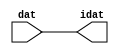

//------> /package/eda/mg/Catapult_10.3d/Mgc_home/pkgs/siflibs/ccs_in_v1.v 
//------------------------------------------------------------------------------
// Catapult Synthesis - Sample I/O Port Library
//
// Copyright (c) 2003-2017 Mentor Graphics Corp.
//       All Rights Reserved
//
// This document may be used and distributed without restriction provided that
// this copyright statement is not removed from the file and that any derivative
// work contains this copyright notice.
//
// The design information contained in this file is intended to be an example
// of the functionality which the end user may study in preparation for creating
// their own custom interfaces. This design does not necessarily present a 
// complete implementation of the named protocol or standard.
//
//------------------------------------------------------------------------------


module ccs_in_v1 (idat, dat);

  parameter integer rscid = 1;
  parameter integer width = 8;

  output [width-1:0] idat;
  input  [width-1:0] dat;

  wire   [width-1:0] idat;

  assign idat = dat;

endmodule


//------> /package/eda/mg/Catapult_10.3d/Mgc_home/pkgs/siflibs/ccs_out_v1.v 
//------------------------------------------------------------------------------
// Catapult Synthesis - Sample I/O Port Library
//
// Copyright (c) 2003-2015 Mentor Graphics Corp.
//       All Rights Reserved
//
// This document may be used and distributed without restriction provided that
// this copyright statement is not removed from the file and that any derivative
// work contains this copyright notice.
//
// The design information contained in this file is intended to be an example
// of the functionality which the end user may study in preparation for creating
// their own custom interfaces. This design does not necessarily present a 
// complete implementation of the named protocol or standard.
//
//------------------------------------------------------------------------------

module ccs_out_v1 (dat, idat);

  parameter integer rscid = 1;
  parameter integer width = 8;

  output   [width-1:0] dat;
  input    [width-1:0] idat;

  wire     [width-1:0] dat;

  assign dat = idat;

endmodule




//------> /package/eda/mg/Catapult_10.3d/Mgc_home/pkgs/siflibs/mgc_io_sync_v2.v 
//------------------------------------------------------------------------------
// Catapult Synthesis - Sample I/O Port Library
//
// Copyright (c) 2003-2017 Mentor Graphics Corp.
//       All Rights Reserved
//
// This document may be used and distributed without restriction provided that
// this copyright statement is not removed from the file and that any derivative
// work contains this copyright notice.
//
// The design information contained in this file is intended to be an example
// of the functionality which the end user may study in preparation for creating
// their own custom interfaces. This design does not necessarily present a 
// complete implementation of the named protocol or standard.
//
//------------------------------------------------------------------------------


module mgc_io_sync_v2 (ld, lz);
    parameter valid = 0;

    input  ld;
    output lz;

    wire   lz;

    assign lz = ld;

endmodule


//------> ./rtl.v 
// ----------------------------------------------------------------------
//  HLS HDL:        Verilog Netlister
//  HLS Version:    10.3d/815731 Production Release
//  HLS Date:       Wed Apr 24 14:54:19 PDT 2019
// 
//  Generated by:   695r48@cparch23.ecn.purdue.edu
//  Generated date: Tue Nov  9 15:37:03 2021
// ----------------------------------------------------------------------

// 
// ------------------------------------------------------------------
//  Design Unit:    fir_Altera_DIST_DIST_1R1W_RBW_rport_1_16_5_32_32_16_gen
// ------------------------------------------------------------------


module fir_Altera_DIST_DIST_1R1W_RBW_rport_1_16_5_32_32_16_gen (
  q, radr, radr_d, q_d, rport_r_ram_ir_internal_RMASK_B_d
);
  input [15:0] q;
  output [4:0] radr;
  input [4:0] radr_d;
  output [15:0] q_d;
  input rport_r_ram_ir_internal_RMASK_B_d;



  // Interconnect Declarations for Component Instantiations 
  assign q_d = q;
  assign radr = (radr_d);
endmodule

// ------------------------------------------------------------------
//  Design Unit:    fir_core_core_fsm
//  FSM Module
// ------------------------------------------------------------------


module fir_core_core_fsm (
  clk, rst, fsm_output, MAC_C_5_tr0
);
  input clk;
  input rst;
  output [7:0] fsm_output;
  reg [7:0] fsm_output;
  input MAC_C_5_tr0;


  // FSM State Type Declaration for fir_core_core_fsm_1
  parameter
    main_C_0 = 3'd0,
    MAC_C_0 = 3'd1,
    MAC_C_1 = 3'd2,
    MAC_C_2 = 3'd3,
    MAC_C_3 = 3'd4,
    MAC_C_4 = 3'd5,
    MAC_C_5 = 3'd6,
    main_C_1 = 3'd7;

  reg [2:0] state_var;
  reg [2:0] state_var_NS;


  // Interconnect Declarations for Component Instantiations 
  always @(*)
  begin : fir_core_core_fsm_1
    case (state_var)
      MAC_C_0 : begin
        fsm_output = 8'b00000010;
        state_var_NS = MAC_C_1;
      end
      MAC_C_1 : begin
        fsm_output = 8'b00000100;
        state_var_NS = MAC_C_2;
      end
      MAC_C_2 : begin
        fsm_output = 8'b00001000;
        state_var_NS = MAC_C_3;
      end
      MAC_C_3 : begin
        fsm_output = 8'b00010000;
        state_var_NS = MAC_C_4;
      end
      MAC_C_4 : begin
        fsm_output = 8'b00100000;
        state_var_NS = MAC_C_5;
      end
      MAC_C_5 : begin
        fsm_output = 8'b01000000;
        if ( MAC_C_5_tr0 ) begin
          state_var_NS = main_C_1;
        end
        else begin
          state_var_NS = MAC_C_0;
        end
      end
      main_C_1 : begin
        fsm_output = 8'b10000000;
        state_var_NS = main_C_0;
      end
      // main_C_0
      default : begin
        fsm_output = 8'b00000001;
        state_var_NS = MAC_C_0;
      end
    endcase
  end

  always @(posedge clk) begin
    if ( rst ) begin
      state_var <= main_C_0;
    end
    else begin
      state_var <= state_var_NS;
    end
  end

endmodule

// ------------------------------------------------------------------
//  Design Unit:    fir_core
// ------------------------------------------------------------------


module fir_core (
  clk, rst, coeffs_rsc_triosy_lz, in1_rsc_dat, in1_rsc_triosy_lz, out1_rsc_dat, out1_rsc_triosy_lz,
      coeffs_rsci_radr_d, coeffs_rsci_q_d, coeffs_rsci_rport_r_ram_ir_internal_RMASK_B_d
);
  input clk;
  input rst;
  output coeffs_rsc_triosy_lz;
  input [15:0] in1_rsc_dat;
  output in1_rsc_triosy_lz;
  output [15:0] out1_rsc_dat;
  output out1_rsc_triosy_lz;
  output [4:0] coeffs_rsci_radr_d;
  input [15:0] coeffs_rsci_q_d;
  output coeffs_rsci_rport_r_ram_ir_internal_RMASK_B_d;


  // Interconnect Declarations
  wire [15:0] in1_rsci_idat;
  reg [15:0] out1_rsci_idat;
  wire [7:0] fsm_output;
  reg [3:0] MAC_i_5_2_sva_1;
  wire [4:0] nl_MAC_i_5_2_sva_1;
  reg reg_out1_rsc_triosy_obj_ld_cse;
  wire reg_out1_out1_and_cse;
  wire nor_4_cse;
  reg [2:0] MAC_i_5_2_sva_2_0;
  reg [2:0] MAC_slc_MAC_i_5_2_2_0_1_itm;
  wire [29:0] z_out;
  wire signed [31:0] nl_z_out;
  reg [15:0] regs_15_sva;
  reg [15:0] regs_16_sva;
  reg [15:0] regs_14_sva;
  reg [15:0] regs_17_sva;
  reg [15:0] regs_13_sva;
  reg [15:0] regs_18_sva;
  reg [15:0] regs_12_sva;
  reg [15:0] regs_19_sva;
  reg [15:0] regs_11_sva;
  reg [15:0] regs_20_sva;
  reg [15:0] regs_10_sva;
  reg [15:0] regs_21_sva;
  reg [15:0] regs_9_sva;
  reg [15:0] regs_22_sva;
  reg [15:0] regs_8_sva;
  reg [15:0] regs_23_sva;
  reg [15:0] regs_7_sva;
  reg [15:0] regs_24_sva;
  reg [15:0] regs_6_sva;
  reg [15:0] regs_25_sva;
  reg [15:0] regs_5_sva;
  reg [15:0] regs_26_sva;
  reg [15:0] regs_4_sva;
  reg [15:0] regs_27_sva;
  reg [15:0] regs_3_sva;
  reg [15:0] regs_28_sva;
  reg [15:0] regs_2_sva;
  reg [15:0] regs_29_sva;
  reg [15:0] regs_1_sva;
  reg [15:0] regs_30_sva;
  reg [15:0] regs_0_sva;
  reg [29:0] acc_32_3_1_sva;
  reg [15:0] regs_30_sva_1;
  reg [15:0] regs_29_sva_1;
  reg [15:0] regs_28_sva_1;
  reg [15:0] regs_27_sva_1;
  reg [15:0] regs_26_sva_1;
  reg [15:0] regs_25_sva_1;
  reg [15:0] regs_24_sva_1;
  reg [15:0] regs_23_sva_1;
  reg [15:0] regs_22_sva_1;
  reg [15:0] regs_21_sva_1;
  reg [15:0] regs_20_sva_1;
  reg [15:0] regs_19_sva_1;
  reg [15:0] regs_18_sva_1;
  reg [15:0] regs_17_sva_1;
  reg [15:0] regs_16_sva_1;
  reg [15:0] regs_15_sva_1;
  reg [15:0] regs_14_sva_1;
  reg [15:0] regs_13_sva_1;
  reg [15:0] regs_12_sva_1;
  reg [15:0] regs_11_sva_1;
  reg [15:0] regs_10_sva_1;
  reg [15:0] regs_9_sva_1;
  reg [15:0] regs_8_sva_1;
  reg [15:0] regs_7_sva_1;
  reg [15:0] regs_6_sva_1;
  reg [15:0] regs_5_sva_1;
  reg [15:0] regs_4_sva_1;
  reg [15:0] regs_3_sva_1;
  reg [15:0] regs_2_sva_1;
  reg [15:0] regs_1_sva_1;
  reg [15:0] regs_0_sva_1;
  reg [15:0] MAC_3_MAC_mux_itm;
  reg [15:0] MAC_4_MAC_mux_itm;
  reg [15:0] MAC_1_MAC_mux_itm;
  reg [29:0] MAC_1_mul_itm;
  reg [15:0] MAC_2_MAC_mux_itm;
  reg [29:0] MAC_2_mul_itm;
  reg [29:0] MAC_acc_4_itm;
  wire [29:0] acc_32_3_1_sva_2;
  wire [30:0] nl_acc_32_3_1_sva_2;
  wire [29:0] MAC_acc_4_itm_mx0w0;
  wire [30:0] nl_MAC_acc_4_itm_mx0w0;

  wire[29:0] MAC_acc_5_nl;
  wire[30:0] nl_MAC_acc_5_nl;
  wire[2:0] coeffs_coeffs_mux_nl;
  wire[0:0] coeffs_or_nl;
  wire[1:0] coeffs_coeffs_or_nl;
  wire[1:0] coeffs_nor_nl;
  wire[1:0] coeffs_mux_nl;
  wire[15:0] MAC_mux1h_2_nl;

  // Interconnect Declarations for Component Instantiations 
  wire [0:0] nl_fir_core_core_fsm_inst_MAC_C_5_tr0;
  assign nl_fir_core_core_fsm_inst_MAC_C_5_tr0 = MAC_i_5_2_sva_1[3];
  ccs_in_v1 #(.rscid(32'sd2),
  .width(32'sd16)) in1_rsci (
      .dat(in1_rsc_dat),
      .idat(in1_rsci_idat)
    );
  ccs_out_v1 #(.rscid(32'sd3),
  .width(32'sd16)) out1_rsci (
      .idat(out1_rsci_idat),
      .dat(out1_rsc_dat)
    );
  mgc_io_sync_v2 #(.valid(32'sd0)) coeffs_rsc_triosy_obj (
      .ld(reg_out1_rsc_triosy_obj_ld_cse),
      .lz(coeffs_rsc_triosy_lz)
    );
  mgc_io_sync_v2 #(.valid(32'sd0)) in1_rsc_triosy_obj (
      .ld(reg_out1_rsc_triosy_obj_ld_cse),
      .lz(in1_rsc_triosy_lz)
    );
  mgc_io_sync_v2 #(.valid(32'sd0)) out1_rsc_triosy_obj (
      .ld(reg_out1_rsc_triosy_obj_ld_cse),
      .lz(out1_rsc_triosy_lz)
    );
  fir_core_core_fsm fir_core_core_fsm_inst (
      .clk(clk),
      .rst(rst),
      .fsm_output(fsm_output),
      .MAC_C_5_tr0(nl_fir_core_core_fsm_inst_MAC_C_5_tr0[0:0])
    );
  assign reg_out1_out1_and_cse = (fsm_output[6]) & (MAC_i_5_2_sva_1[3]);
  assign nor_4_cse = ~((fsm_output[7]) | (fsm_output[0]));
  assign nl_MAC_acc_5_nl = MAC_acc_4_itm_mx0w0 + acc_32_3_1_sva;
  assign MAC_acc_5_nl = nl_MAC_acc_5_nl[29:0];
  assign nl_acc_32_3_1_sva_2 = (MAC_acc_5_nl) + MAC_acc_4_itm;
  assign acc_32_3_1_sva_2 = nl_acc_32_3_1_sva_2[29:0];
  assign nl_MAC_acc_4_itm_mx0w0 = MAC_1_mul_itm + MAC_2_mul_itm;
  assign MAC_acc_4_itm_mx0w0 = nl_MAC_acc_4_itm_mx0w0[29:0];
  assign coeffs_or_nl = (fsm_output[4:3]!=2'b00);
  assign coeffs_coeffs_mux_nl = MUX_v_3_2_2(MAC_i_5_2_sva_2_0, MAC_slc_MAC_i_5_2_2_0_1_itm,
      coeffs_or_nl);
  assign coeffs_mux_nl = MUX_v_2_2_2(2'b10, 2'b01, fsm_output[4]);
  assign coeffs_nor_nl = ~(MUX_v_2_2_2((coeffs_mux_nl), 2'b11, (fsm_output[2])));
  assign coeffs_coeffs_or_nl = MUX_v_2_2_2((coeffs_nor_nl), 2'b11, (fsm_output[3]));
  assign coeffs_rsci_radr_d = {(coeffs_coeffs_mux_nl) , (coeffs_coeffs_or_nl)};
  assign coeffs_rsci_rport_r_ram_ir_internal_RMASK_B_d = (fsm_output[4:1]!=4'b0000);
  always @(posedge clk) begin
    if ( rst ) begin
      acc_32_3_1_sva <= 30'b000000000000000000000000000000;
    end
    else if ( (fsm_output[6]) | (fsm_output[0]) ) begin
      acc_32_3_1_sva <= MUX_v_30_2_2(30'b000000000000000000000000000000, acc_32_3_1_sva_2,
          (fsm_output[6]));
    end
  end
  always @(posedge clk) begin
    if ( rst ) begin
      out1_rsci_idat <= 16'b0000000000000000;
      regs_0_sva <= 16'b0000000000000000;
      regs_4_sva <= 16'b0000000000000000;
      regs_8_sva <= 16'b0000000000000000;
      regs_12_sva <= 16'b0000000000000000;
      regs_16_sva <= 16'b0000000000000000;
      regs_20_sva <= 16'b0000000000000000;
      regs_24_sva <= 16'b0000000000000000;
      regs_28_sva <= 16'b0000000000000000;
      regs_3_sva <= 16'b0000000000000000;
      regs_7_sva <= 16'b0000000000000000;
      regs_11_sva <= 16'b0000000000000000;
      regs_15_sva <= 16'b0000000000000000;
      regs_19_sva <= 16'b0000000000000000;
      regs_23_sva <= 16'b0000000000000000;
      regs_27_sva <= 16'b0000000000000000;
      regs_2_sva <= 16'b0000000000000000;
      regs_6_sva <= 16'b0000000000000000;
      regs_10_sva <= 16'b0000000000000000;
      regs_14_sva <= 16'b0000000000000000;
      regs_18_sva <= 16'b0000000000000000;
      regs_22_sva <= 16'b0000000000000000;
      regs_26_sva <= 16'b0000000000000000;
      regs_30_sva <= 16'b0000000000000000;
      regs_1_sva <= 16'b0000000000000000;
      regs_5_sva <= 16'b0000000000000000;
      regs_9_sva <= 16'b0000000000000000;
      regs_13_sva <= 16'b0000000000000000;
      regs_17_sva <= 16'b0000000000000000;
      regs_21_sva <= 16'b0000000000000000;
      regs_25_sva <= 16'b0000000000000000;
      regs_29_sva <= 16'b0000000000000000;
    end
    else if ( reg_out1_out1_and_cse ) begin
      out1_rsci_idat <= acc_32_3_1_sva_2[29:14];
      regs_0_sva <= regs_0_sva_1;
      regs_4_sva <= regs_4_sva_1;
      regs_8_sva <= regs_8_sva_1;
      regs_12_sva <= regs_12_sva_1;
      regs_16_sva <= regs_16_sva_1;
      regs_20_sva <= regs_20_sva_1;
      regs_24_sva <= regs_24_sva_1;
      regs_28_sva <= regs_28_sva_1;
      regs_3_sva <= regs_3_sva_1;
      regs_7_sva <= regs_7_sva_1;
      regs_11_sva <= regs_11_sva_1;
      regs_15_sva <= regs_15_sva_1;
      regs_19_sva <= regs_19_sva_1;
      regs_23_sva <= regs_23_sva_1;
      regs_27_sva <= regs_27_sva_1;
      regs_2_sva <= regs_2_sva_1;
      regs_6_sva <= regs_6_sva_1;
      regs_10_sva <= regs_10_sva_1;
      regs_14_sva <= regs_14_sva_1;
      regs_18_sva <= regs_18_sva_1;
      regs_22_sva <= regs_22_sva_1;
      regs_26_sva <= regs_26_sva_1;
      regs_30_sva <= regs_30_sva_1;
      regs_1_sva <= regs_1_sva_1;
      regs_5_sva <= regs_5_sva_1;
      regs_9_sva <= regs_9_sva_1;
      regs_13_sva <= regs_13_sva_1;
      regs_17_sva <= regs_17_sva_1;
      regs_21_sva <= regs_21_sva_1;
      regs_25_sva <= regs_25_sva_1;
      regs_29_sva <= regs_29_sva_1;
    end
  end
  always @(posedge clk) begin
    if ( rst ) begin
      MAC_i_5_2_sva_2_0 <= 3'b000;
    end
    else if ( (fsm_output[0]) | (fsm_output[7]) | (fsm_output[2]) ) begin
      MAC_i_5_2_sva_2_0 <= MUX_v_3_2_2(3'b000, (MAC_i_5_2_sva_1[2:0]), nor_4_cse);
    end
  end
  always @(posedge clk) begin
    if ( rst ) begin
      regs_0_sva_1 <= 16'b0000000000000000;
    end
    else if ( ~ nor_4_cse ) begin
      regs_0_sva_1 <= in1_rsci_idat;
    end
  end
  always @(posedge clk) begin
    if ( rst ) begin
      reg_out1_rsc_triosy_obj_ld_cse <= 1'b0;
      MAC_2_MAC_mux_itm <= 16'b0000000000000000;
      MAC_1_mul_itm <= 30'b000000000000000000000000000000;
    end
    else begin
      reg_out1_rsc_triosy_obj_ld_cse <= reg_out1_out1_and_cse;
      MAC_2_MAC_mux_itm <= MUX_v_16_8_2(regs_0_sva, regs_4_sva, regs_8_sva, regs_12_sva,
          regs_16_sva, regs_20_sva, regs_24_sva, regs_28_sva, MAC_i_5_2_sva_2_0);
      MAC_1_mul_itm <= z_out;
    end
  end
  always @(posedge clk) begin
    if ( rst ) begin
      regs_30_sva_1 <= 16'b0000000000000000;
    end
    else if ( ~ nor_4_cse ) begin
      regs_30_sva_1 <= regs_29_sva;
    end
  end
  always @(posedge clk) begin
    if ( rst ) begin
      regs_29_sva_1 <= 16'b0000000000000000;
    end
    else if ( ~ nor_4_cse ) begin
      regs_29_sva_1 <= regs_28_sva;
    end
  end
  always @(posedge clk) begin
    if ( rst ) begin
      regs_28_sva_1 <= 16'b0000000000000000;
    end
    else if ( ~ nor_4_cse ) begin
      regs_28_sva_1 <= regs_27_sva;
    end
  end
  always @(posedge clk) begin
    if ( rst ) begin
      regs_27_sva_1 <= 16'b0000000000000000;
    end
    else if ( ~ nor_4_cse ) begin
      regs_27_sva_1 <= regs_26_sva;
    end
  end
  always @(posedge clk) begin
    if ( rst ) begin
      regs_26_sva_1 <= 16'b0000000000000000;
    end
    else if ( ~ nor_4_cse ) begin
      regs_26_sva_1 <= regs_25_sva;
    end
  end
  always @(posedge clk) begin
    if ( rst ) begin
      regs_25_sva_1 <= 16'b0000000000000000;
    end
    else if ( ~ nor_4_cse ) begin
      regs_25_sva_1 <= regs_24_sva;
    end
  end
  always @(posedge clk) begin
    if ( rst ) begin
      regs_24_sva_1 <= 16'b0000000000000000;
    end
    else if ( ~ nor_4_cse ) begin
      regs_24_sva_1 <= regs_23_sva;
    end
  end
  always @(posedge clk) begin
    if ( rst ) begin
      regs_23_sva_1 <= 16'b0000000000000000;
    end
    else if ( ~ nor_4_cse ) begin
      regs_23_sva_1 <= regs_22_sva;
    end
  end
  always @(posedge clk) begin
    if ( rst ) begin
      regs_22_sva_1 <= 16'b0000000000000000;
    end
    else if ( ~ nor_4_cse ) begin
      regs_22_sva_1 <= regs_21_sva;
    end
  end
  always @(posedge clk) begin
    if ( rst ) begin
      regs_21_sva_1 <= 16'b0000000000000000;
    end
    else if ( ~ nor_4_cse ) begin
      regs_21_sva_1 <= regs_20_sva;
    end
  end
  always @(posedge clk) begin
    if ( rst ) begin
      regs_20_sva_1 <= 16'b0000000000000000;
    end
    else if ( ~ nor_4_cse ) begin
      regs_20_sva_1 <= regs_19_sva;
    end
  end
  always @(posedge clk) begin
    if ( rst ) begin
      regs_19_sva_1 <= 16'b0000000000000000;
    end
    else if ( ~ nor_4_cse ) begin
      regs_19_sva_1 <= regs_18_sva;
    end
  end
  always @(posedge clk) begin
    if ( rst ) begin
      regs_18_sva_1 <= 16'b0000000000000000;
    end
    else if ( ~ nor_4_cse ) begin
      regs_18_sva_1 <= regs_17_sva;
    end
  end
  always @(posedge clk) begin
    if ( rst ) begin
      regs_17_sva_1 <= 16'b0000000000000000;
    end
    else if ( ~ nor_4_cse ) begin
      regs_17_sva_1 <= regs_16_sva;
    end
  end
  always @(posedge clk) begin
    if ( rst ) begin
      regs_16_sva_1 <= 16'b0000000000000000;
    end
    else if ( ~ nor_4_cse ) begin
      regs_16_sva_1 <= regs_15_sva;
    end
  end
  always @(posedge clk) begin
    if ( rst ) begin
      regs_15_sva_1 <= 16'b0000000000000000;
    end
    else if ( ~ nor_4_cse ) begin
      regs_15_sva_1 <= regs_14_sva;
    end
  end
  always @(posedge clk) begin
    if ( rst ) begin
      regs_14_sva_1 <= 16'b0000000000000000;
    end
    else if ( ~ nor_4_cse ) begin
      regs_14_sva_1 <= regs_13_sva;
    end
  end
  always @(posedge clk) begin
    if ( rst ) begin
      regs_13_sva_1 <= 16'b0000000000000000;
    end
    else if ( ~ nor_4_cse ) begin
      regs_13_sva_1 <= regs_12_sva;
    end
  end
  always @(posedge clk) begin
    if ( rst ) begin
      regs_12_sva_1 <= 16'b0000000000000000;
    end
    else if ( ~ nor_4_cse ) begin
      regs_12_sva_1 <= regs_11_sva;
    end
  end
  always @(posedge clk) begin
    if ( rst ) begin
      regs_11_sva_1 <= 16'b0000000000000000;
    end
    else if ( ~ nor_4_cse ) begin
      regs_11_sva_1 <= regs_10_sva;
    end
  end
  always @(posedge clk) begin
    if ( rst ) begin
      regs_10_sva_1 <= 16'b0000000000000000;
    end
    else if ( ~ nor_4_cse ) begin
      regs_10_sva_1 <= regs_9_sva;
    end
  end
  always @(posedge clk) begin
    if ( rst ) begin
      regs_9_sva_1 <= 16'b0000000000000000;
    end
    else if ( ~ nor_4_cse ) begin
      regs_9_sva_1 <= regs_8_sva;
    end
  end
  always @(posedge clk) begin
    if ( rst ) begin
      regs_8_sva_1 <= 16'b0000000000000000;
    end
    else if ( ~ nor_4_cse ) begin
      regs_8_sva_1 <= regs_7_sva;
    end
  end
  always @(posedge clk) begin
    if ( rst ) begin
      regs_7_sva_1 <= 16'b0000000000000000;
    end
    else if ( ~ nor_4_cse ) begin
      regs_7_sva_1 <= regs_6_sva;
    end
  end
  always @(posedge clk) begin
    if ( rst ) begin
      regs_6_sva_1 <= 16'b0000000000000000;
    end
    else if ( ~ nor_4_cse ) begin
      regs_6_sva_1 <= regs_5_sva;
    end
  end
  always @(posedge clk) begin
    if ( rst ) begin
      regs_5_sva_1 <= 16'b0000000000000000;
    end
    else if ( ~ nor_4_cse ) begin
      regs_5_sva_1 <= regs_4_sva;
    end
  end
  always @(posedge clk) begin
    if ( rst ) begin
      regs_4_sva_1 <= 16'b0000000000000000;
    end
    else if ( ~ nor_4_cse ) begin
      regs_4_sva_1 <= regs_3_sva;
    end
  end
  always @(posedge clk) begin
    if ( rst ) begin
      regs_3_sva_1 <= 16'b0000000000000000;
    end
    else if ( ~ nor_4_cse ) begin
      regs_3_sva_1 <= regs_2_sva;
    end
  end
  always @(posedge clk) begin
    if ( rst ) begin
      regs_2_sva_1 <= 16'b0000000000000000;
    end
    else if ( ~ nor_4_cse ) begin
      regs_2_sva_1 <= regs_1_sva;
    end
  end
  always @(posedge clk) begin
    if ( rst ) begin
      regs_1_sva_1 <= 16'b0000000000000000;
    end
    else if ( ~ nor_4_cse ) begin
      regs_1_sva_1 <= regs_0_sva;
    end
  end
  always @(posedge clk) begin
    if ( rst ) begin
      MAC_i_5_2_sva_1 <= 4'b0000;
    end
    else if ( fsm_output[1] ) begin
      MAC_i_5_2_sva_1 <= nl_MAC_i_5_2_sva_1[3:0];
    end
  end
  always @(posedge clk) begin
    if ( rst ) begin
      MAC_3_MAC_mux_itm <= 16'b0000000000000000;
    end
    else if ( fsm_output[1] ) begin
      MAC_3_MAC_mux_itm <= MUX_v_16_8_2(regs_1_sva, regs_5_sva, regs_9_sva, regs_13_sva,
          regs_17_sva, regs_21_sva, regs_25_sva, regs_29_sva, MAC_i_5_2_sva_2_0);
    end
  end
  always @(posedge clk) begin
    if ( rst ) begin
      MAC_4_MAC_mux_itm <= 16'b0000000000000000;
    end
    else if ( fsm_output[1] ) begin
      MAC_4_MAC_mux_itm <= MUX_v_16_8_2(regs_2_sva, regs_6_sva, regs_10_sva, regs_14_sva,
          regs_18_sva, regs_22_sva, regs_26_sva, regs_30_sva, MAC_i_5_2_sva_2_0);
    end
  end
  always @(posedge clk) begin
    if ( rst ) begin
      MAC_1_MAC_mux_itm <= 16'b0000000000000000;
    end
    else if ( fsm_output[1] ) begin
      MAC_1_MAC_mux_itm <= MUX_v_16_8_2(regs_0_sva_1, regs_3_sva, regs_7_sva, regs_11_sva,
          regs_15_sva, regs_19_sva, regs_23_sva, regs_27_sva, MAC_i_5_2_sva_2_0);
    end
  end
  always @(posedge clk) begin
    if ( rst ) begin
      MAC_2_mul_itm <= 30'b000000000000000000000000000000;
    end
    else if ( (fsm_output[4]) | (fsm_output[2]) ) begin
      MAC_2_mul_itm <= z_out;
    end
  end
  always @(posedge clk) begin
    if ( rst ) begin
      MAC_slc_MAC_i_5_2_2_0_1_itm <= 3'b000;
    end
    else if ( fsm_output[2] ) begin
      MAC_slc_MAC_i_5_2_2_0_1_itm <= MAC_i_5_2_sva_2_0;
    end
  end
  always @(posedge clk) begin
    if ( rst ) begin
      MAC_acc_4_itm <= 30'b000000000000000000000000000000;
    end
    else if ( fsm_output[4] ) begin
      MAC_acc_4_itm <= MAC_acc_4_itm_mx0w0;
    end
  end
  assign nl_MAC_i_5_2_sva_1  = conv_u2u_3_4(MAC_i_5_2_sva_2_0) + 4'b0001;
  assign MAC_mux1h_2_nl = MUX1HOT_v_16_4_2(MAC_2_MAC_mux_itm, MAC_4_MAC_mux_itm,
      MAC_1_MAC_mux_itm, MAC_3_MAC_mux_itm, {(fsm_output[2]) , (fsm_output[4]) ,
      (fsm_output[3]) , (fsm_output[5])});
  assign nl_z_out = $signed((MAC_mux1h_2_nl)) * $signed((coeffs_rsci_q_d));
  assign z_out = nl_z_out[29:0];

  function automatic [15:0] MUX1HOT_v_16_4_2;
    input [15:0] input_3;
    input [15:0] input_2;
    input [15:0] input_1;
    input [15:0] input_0;
    input [3:0] sel;
    reg [15:0] result;
  begin
    result = input_0 & {16{sel[0]}};
    result = result | ( input_1 & {16{sel[1]}});
    result = result | ( input_2 & {16{sel[2]}});
    result = result | ( input_3 & {16{sel[3]}});
    MUX1HOT_v_16_4_2 = result;
  end
  endfunction


  function automatic [15:0] MUX_v_16_8_2;
    input [15:0] input_0;
    input [15:0] input_1;
    input [15:0] input_2;
    input [15:0] input_3;
    input [15:0] input_4;
    input [15:0] input_5;
    input [15:0] input_6;
    input [15:0] input_7;
    input [2:0] sel;
    reg [15:0] result;
  begin
    case (sel)
      3'b000 : begin
        result = input_0;
      end
      3'b001 : begin
        result = input_1;
      end
      3'b010 : begin
        result = input_2;
      end
      3'b011 : begin
        result = input_3;
      end
      3'b100 : begin
        result = input_4;
      end
      3'b101 : begin
        result = input_5;
      end
      3'b110 : begin
        result = input_6;
      end
      default : begin
        result = input_7;
      end
    endcase
    MUX_v_16_8_2 = result;
  end
  endfunction


  function automatic [1:0] MUX_v_2_2_2;
    input [1:0] input_0;
    input [1:0] input_1;
    input [0:0] sel;
    reg [1:0] result;
  begin
    case (sel)
      1'b0 : begin
        result = input_0;
      end
      default : begin
        result = input_1;
      end
    endcase
    MUX_v_2_2_2 = result;
  end
  endfunction


  function automatic [29:0] MUX_v_30_2_2;
    input [29:0] input_0;
    input [29:0] input_1;
    input [0:0] sel;
    reg [29:0] result;
  begin
    case (sel)
      1'b0 : begin
        result = input_0;
      end
      default : begin
        result = input_1;
      end
    endcase
    MUX_v_30_2_2 = result;
  end
  endfunction


  function automatic [2:0] MUX_v_3_2_2;
    input [2:0] input_0;
    input [2:0] input_1;
    input [0:0] sel;
    reg [2:0] result;
  begin
    case (sel)
      1'b0 : begin
        result = input_0;
      end
      default : begin
        result = input_1;
      end
    endcase
    MUX_v_3_2_2 = result;
  end
  endfunction


  function automatic [3:0] conv_u2u_3_4 ;
    input [2:0]  vector ;
  begin
    conv_u2u_3_4 = {1'b0, vector};
  end
  endfunction

endmodule

// ------------------------------------------------------------------
//  Design Unit:    fir
// ------------------------------------------------------------------


module fir (
  clk, rst, coeffs_rsc_radr, coeffs_rsc_q, coeffs_rsc_triosy_lz, in1_rsc_dat, in1_rsc_triosy_lz,
      out1_rsc_dat, out1_rsc_triosy_lz
);
  input clk;
  input rst;
  output [4:0] coeffs_rsc_radr;
  input [15:0] coeffs_rsc_q;
  output coeffs_rsc_triosy_lz;
  input [15:0] in1_rsc_dat;
  output in1_rsc_triosy_lz;
  output [15:0] out1_rsc_dat;
  output out1_rsc_triosy_lz;


  // Interconnect Declarations
  wire [4:0] coeffs_rsci_radr_d;
  wire [15:0] coeffs_rsci_q_d;
  wire coeffs_rsci_rport_r_ram_ir_internal_RMASK_B_d;


  // Interconnect Declarations for Component Instantiations 
  fir_Altera_DIST_DIST_1R1W_RBW_rport_1_16_5_32_32_16_gen coeffs_rsci (
      .q(coeffs_rsc_q),
      .radr(coeffs_rsc_radr),
      .radr_d(coeffs_rsci_radr_d),
      .q_d(coeffs_rsci_q_d),
      .rport_r_ram_ir_internal_RMASK_B_d(coeffs_rsci_rport_r_ram_ir_internal_RMASK_B_d)
    );
  fir_core fir_core_inst (
      .clk(clk),
      .rst(rst),
      .coeffs_rsc_triosy_lz(coeffs_rsc_triosy_lz),
      .in1_rsc_dat(in1_rsc_dat),
      .in1_rsc_triosy_lz(in1_rsc_triosy_lz),
      .out1_rsc_dat(out1_rsc_dat),
      .out1_rsc_triosy_lz(out1_rsc_triosy_lz),
      .coeffs_rsci_radr_d(coeffs_rsci_radr_d),
      .coeffs_rsci_q_d(coeffs_rsci_q_d),
      .coeffs_rsci_rport_r_ram_ir_internal_RMASK_B_d(coeffs_rsci_rport_r_ram_ir_internal_RMASK_B_d)
    );
endmodule